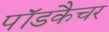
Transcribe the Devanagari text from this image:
पॉडकैचर